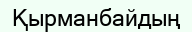
Қырманбайдың